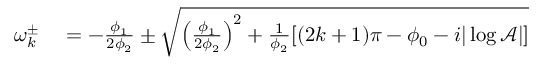
\begin{array} { r l } { \omega _ { k } ^ { \pm } } & { { } = - \frac { \phi _ { 1 } } { 2 \phi _ { 2 } } \pm \sqrt { \left( \frac { \phi _ { 1 } } { 2 \phi _ { 2 } } \right) ^ { 2 } + \frac { 1 } { \phi _ { 2 } } [ ( 2 k + 1 ) \pi - \phi _ { 0 } - i | \log \mathcal { A } | ] } } \end{array}